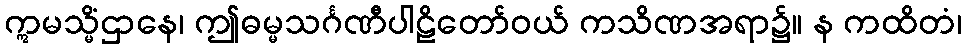
ဣမသ္မိံဌာနေ၊ ဤဓမ္မသင်္ဂဏီပါဠိတော်ဝယ် ကသိဏအရာ၌။ န ကထိတံ၊